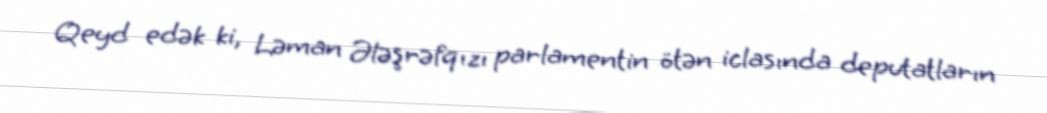
Qeyd edək ki, Ləman Ələşrəfqızı parlamentin ötən iclasında deputatların